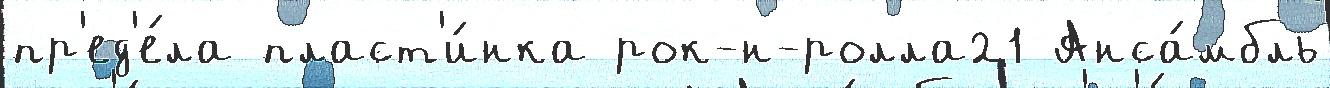
пр'ед'е́ла пласт'и́нка рок-н-ролла21 Анса́мбль